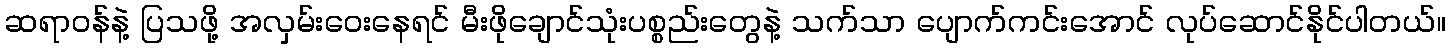
ဆရာဝန်နဲ့ ပြသဖို့ အလှမ်းဝေးနေရင် မီးဖိုချောင်သုံးပစ္စည်းတွေနဲ့ သက်သာ ပျောက်ကင်းအောင် လုပ်ဆောင်နိုင်ပါတယ်။